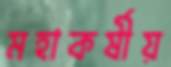
মহাকর্ষীয়